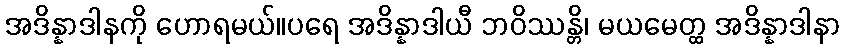
အဒိန္နာဒါနကို ဟောရမယ်။ပရေ အဒိန္နာဒါယီ ဘဝိဿန္တိ၊ မယမေတ္ထ အဒိန္နာဒါနာ